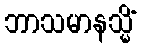
ဘာသမာနသ္မိံ